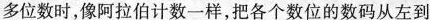
多位数时，像阿拉伯计数一样，把各个数位的数码从左到